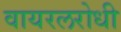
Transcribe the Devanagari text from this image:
वायरलरोधी